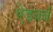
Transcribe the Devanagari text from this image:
ऐडवर्ब